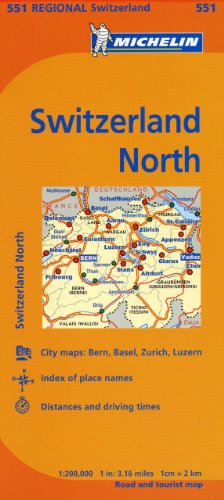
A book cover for Michelin Switzerland: North Map 551 (Maps/Regional (Michelin)); Michelin Travel & Lifestyle; Travel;